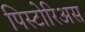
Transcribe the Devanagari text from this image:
पिस्टोरिअस